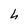
Character: h